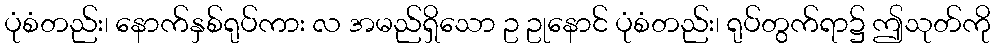
ပုံစံတည်း၊ နောက်နှစ်ရုပ်ကား လ အမည်ရှိသော ဥ ဥုနောင် ပုံစံတည်း၊ ရုပ်တွက်ရာ၌ ဤသုတ်ကို